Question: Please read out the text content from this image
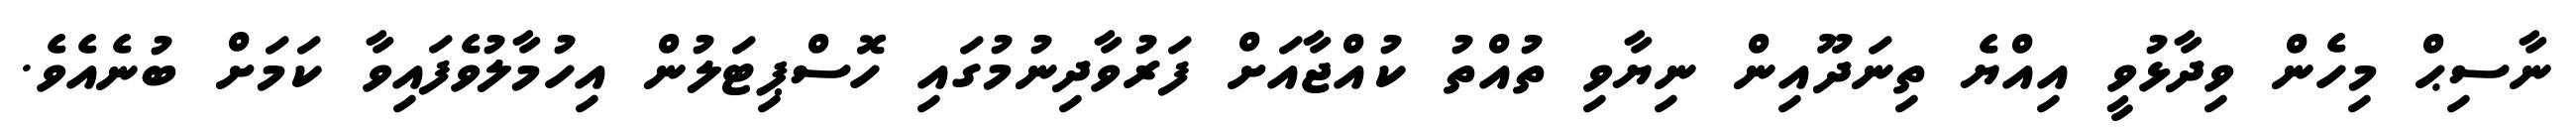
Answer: ނާސިޙް މިހެން ވިދާޅުވީ އިއްޔެ ތިނަދޫއިން ނިޔާވި ތުއްތު ކުއްޖާއަށް ފަރުވާދިނުމުގައި ހޮސްޕިޓަލުން އިހުމާލުވެފައިވާ ކަމަށް ބުނެއެވެ.